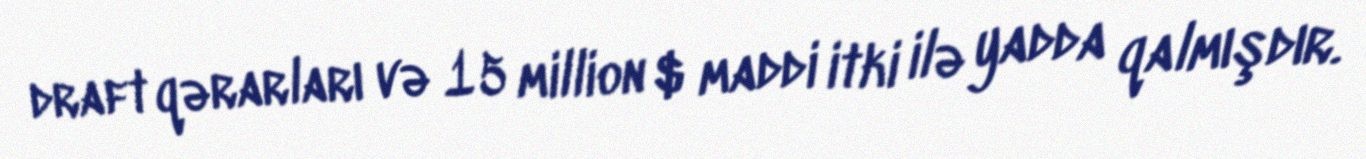
draft qərarları və 15 million $ maddi itki ilə yadda qalmışdır.